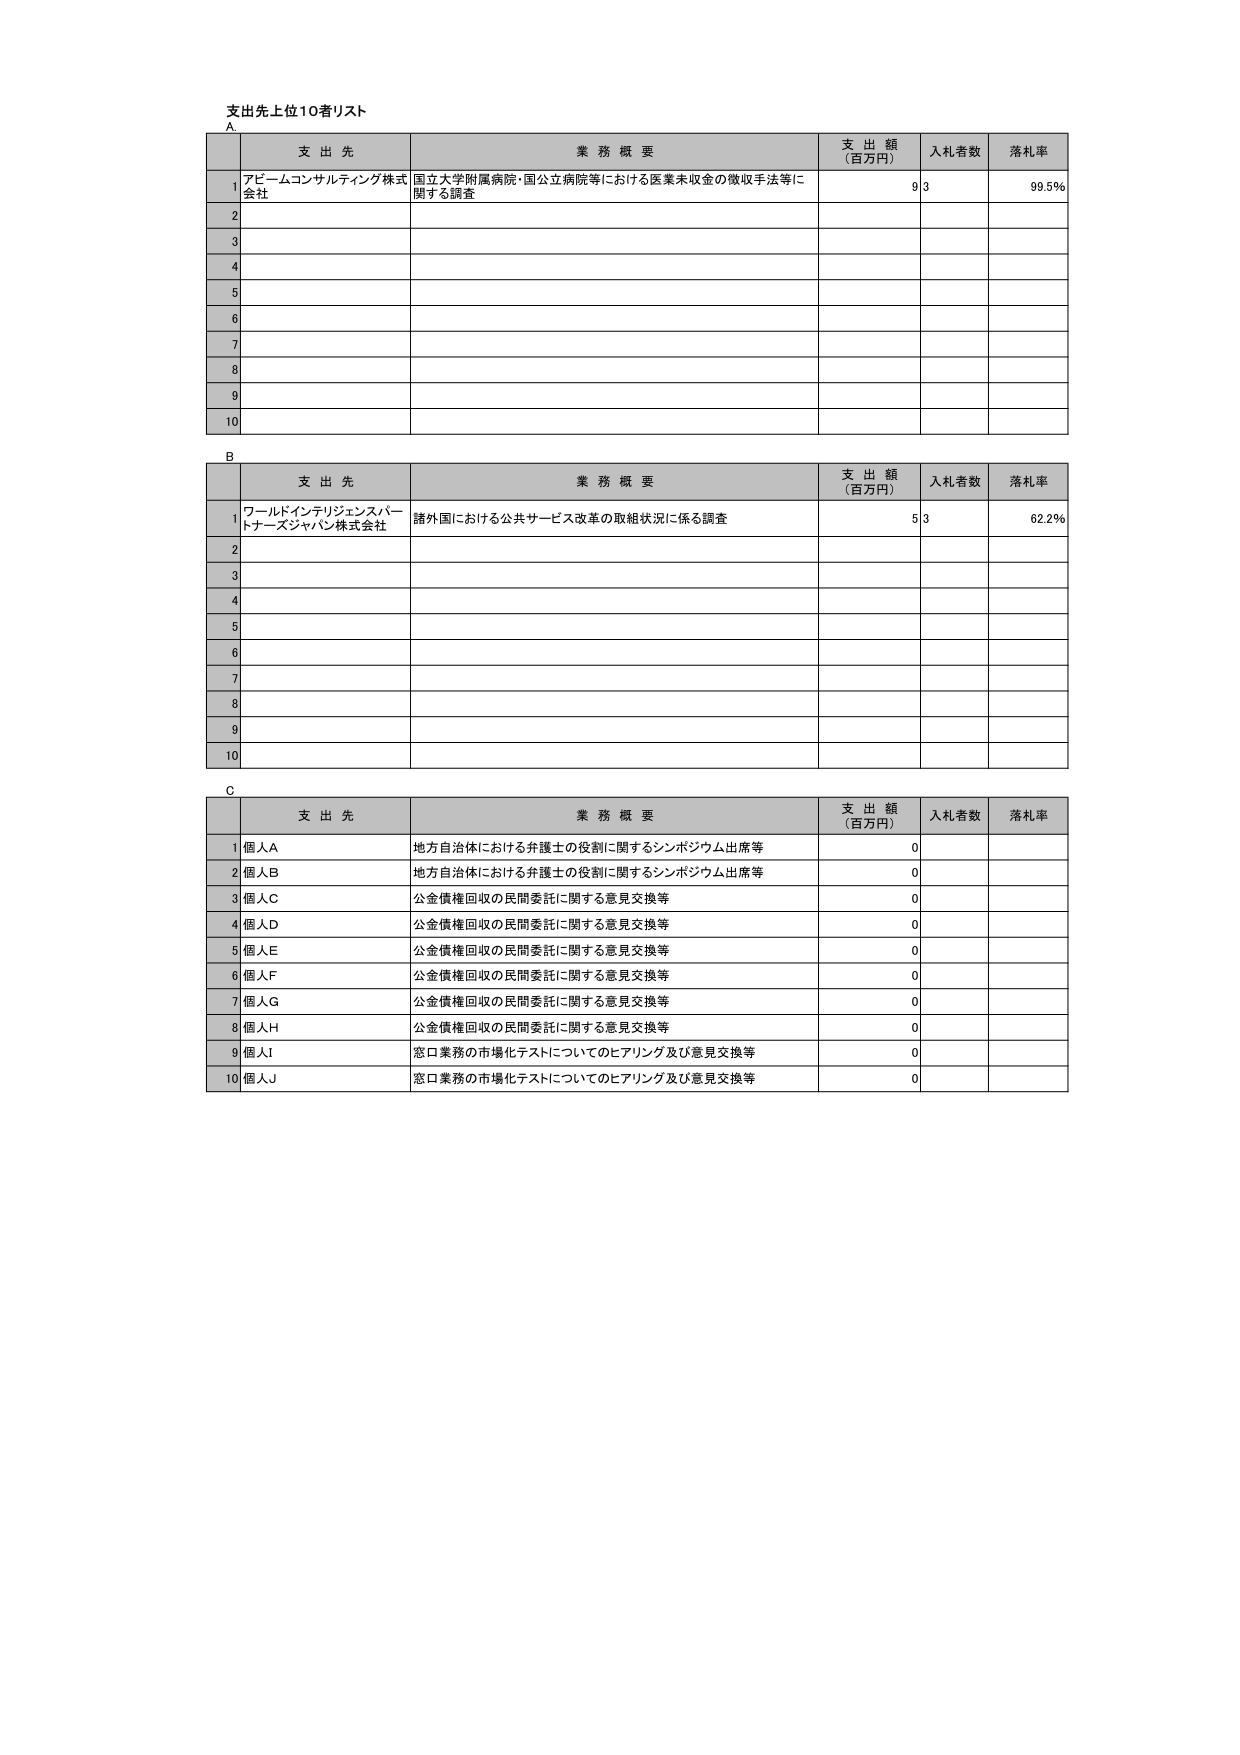
支出先上位10者リスト

A
支 出 先 業 務 概 要 支 出 額 （百万円） 入札者数 落札率
1 アビームコンサルティング株式会社 国立大学附属病院・国公立病院等における医業未収金の徴収手法等に関する調査 93 99.5%
2
3
4
5
6
7
8
9
10

B
支 出 先 業 務 概 要 支 出 額 （百万円） 入札者数 落札率
1 ワールドインテリジェンスパートナーズジャパン株式会社 諸外国における公共サービス改革の取組状況に係る調査 53 62.2%
2
3
4
5
6
7
8
9
10

C
支 出 先 業 務 概 要 支 出 額 （百万円） 入札者数 落札率
1 個人A 地方自治体における弁護士の役割に関するシンポジウム出席等 0
2 個人B 地方自治体における弁護士の役割に関するシンポジウム出席等 0
3 個人C 公金債権回収の民間委託に関する意見交換等 0
4 個人D 公金債権回収の民間委託に関する意見交換等 0
5 個人E 公金債権回収の民間委託に関する意見交換等 0
6 個人F 公金債権回収の民間委託に関する意見交換等 0
7 個人G 公金債権回収の民間委託に関する意見交換等 0
8 個人H 公金債権回収の民間委託に関する意見交換等 0
9 個人I 窓口業務の市場化テストについてのヒアリング及び意見交換等 0
10 個人J 窓口業務の市場化テストについてのヒアリング及び意見交換等 0